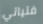
فتياتي